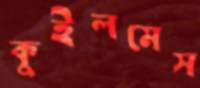
কুইলমেস